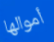
أموالها